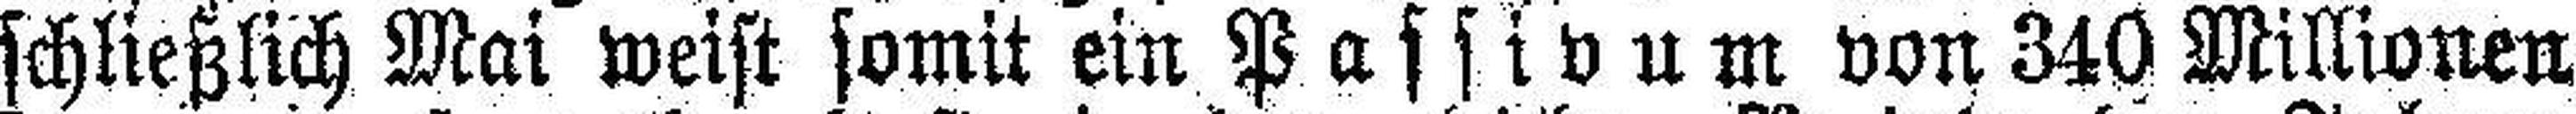
schließlich Mai weist somit ein Passivum von 340 Millionen